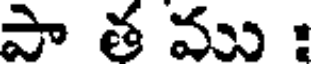
పా త ము :